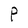
Character: P